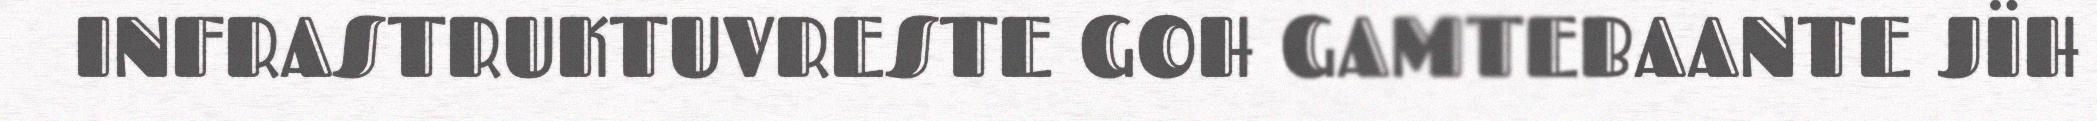
INFRASTRUKTUVRESTE GOH GAMTEBAANTE JÏH